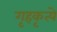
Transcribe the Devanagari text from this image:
गृहकृत्ये